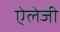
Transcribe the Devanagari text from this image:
ऐलेजी